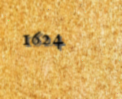
1624